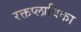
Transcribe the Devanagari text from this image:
रक्तप्लाविका